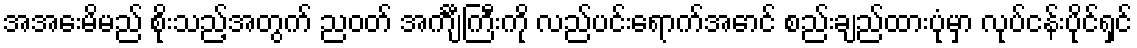
အအေးမိမည် စိုးသည့်အတွက် ညဝတ် အင်္ကျီကြီးကို လည်ပင်းရောက်အောင် စည်းချည်ထားပုံမှာ လုပ်ငန်းပိုင်ရှင်